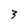
Character: 3